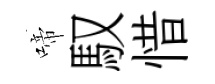
啼馭惜